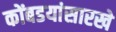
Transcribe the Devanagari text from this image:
कोंबडयांसारखे